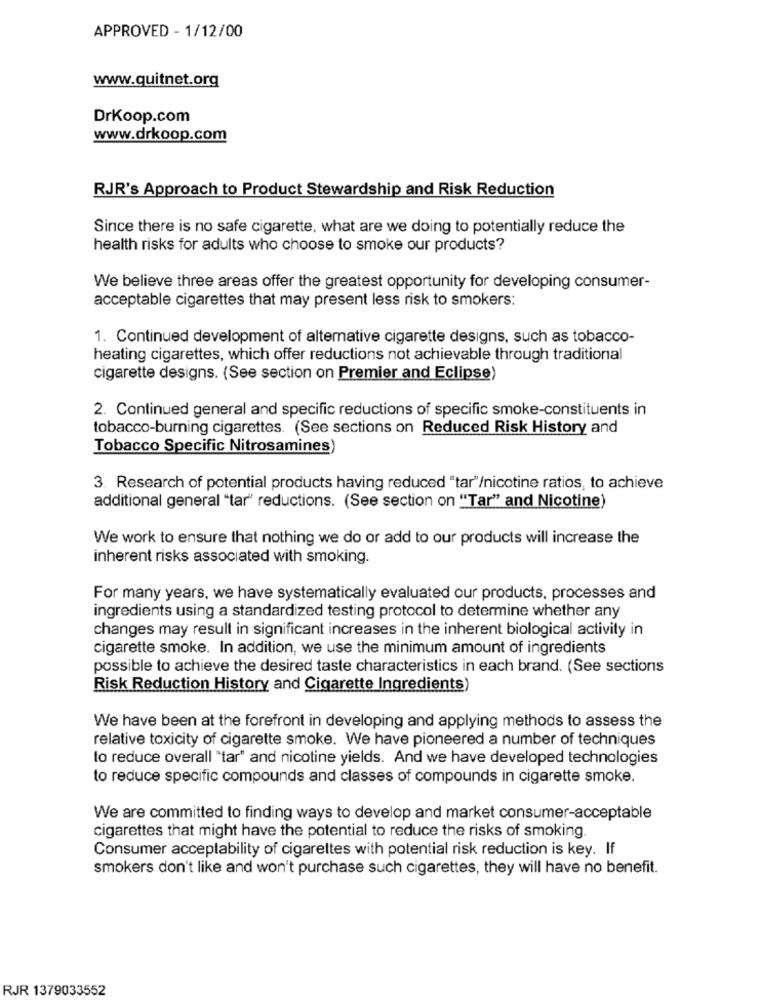
APPROVED - 1/12/00
www.quitnet.org
DrKoop.com
www.drkoop.com
RJR's Approach to Product Stewardship and Risk Reduction
Since there is no safe cigarette, what are we doing to potentially reduce the
health risks for adults who choose to smoke our products?
We believe three areas offer the greatest opportunity for developing consumer-
acceptable cigarettes that may present less risk to smokers:
1. Continued development of alternative cigarette designs, such as tobacco-
heating cigarettes, which offer reductions not achievable through traditional
cigarette designs. (See section on Premier and Eclipse)
2. Continued general and specific reductions of specific smoke-constituents in
tobacco-burning cigarettes. (See sections on Reduced Risk History and
Tobacco Specific Nitrosamines)
3. Research of potential products having reduced "tar"/nicotine ratios, to achieve
additional general "tar" reductions. (See section on "Tar" and Nicotine)
We work to ensure that nothing we do or add to our products will increase the
inherent risks associated with smoking.
For many years, we have systematically evaluated our products, processes and
ingredients using a standardized testing protocol to determine whether any
changes may result in significant increases in the inherent biological activity in
cigarette smoke. In addition, we use the minimum amount of ingredients
possible to achieve the desired taste characteristics in each brand. (See sections
Risk Reduction History and Cigarette Ingredients)
We have been at the forefront in developing and applying methods to assess the
relative toxicity of cigarette smoke. We have pioneered a number of techniques
to reduce overall "tar" and nicotine yields. And we have developed technologies
to reduce specific compounds and classes of compounds in cigarette smoke.
We are committed to finding ways to develop and market consumer-acceptable
cigarettes that might have the potential to reduce the risks of smoking.
Consumer acceptability of cigarettes with potential risk reduction is key. If
smokers don't like and won't purchase such cigarettes, they will have no benefit.
RJR 1379033552